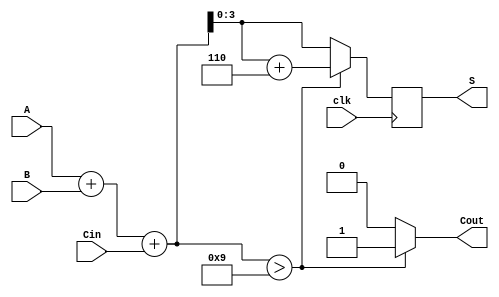
module BCD_Synchronous_Adder (
    input wire [3:0] A,      // First BCD digit
    input wire [3:0] B,      // Second BCD digit
    input wire clk,          // Clock signal
    input wire Cin,          // Carry-in
    output reg [3:0] S,      // BCD result
    output reg Cout          // Carry-out
);

    wire [4:0] Sum;          // 5-bit sum to accommodate carry
    wire [4:0] CorrectedSum; // Corrected sum after BCD adjustment

    // Binary addition of A, B, and carry-in
    assign Sum = A + B + Cin;

    // BCD correction logic
    always @(*) begin
        if (Sum > 9) begin
            CorrectedSum = Sum + 5'b00110; // Add 6 to correct BCD
            Cout = 1; // Set carry-out
        end else begin
            CorrectedSum = Sum; // No correction needed
            Cout = 0; // No carry-out
        end
    end

    // Synchronous operation on rising edge of clock
    always @(posedge clk) begin
        S <= CorrectedSum[3:0]; // Assign the lower 4 bits to S
    end

endmodule